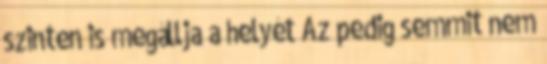
szinten is megállja a helyét Az pedig semmit nem